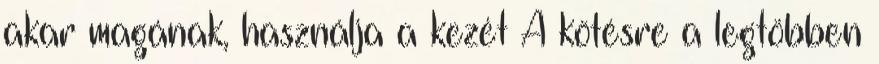
akar magának, használja a kezét A kötésre a legtöbben